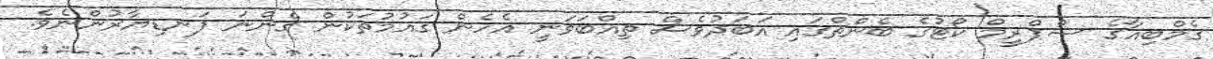
ގެމްބިއާގެ ސްޕްރީމް ކޯޓުގެ ބެންޗްގައި އަބަދުވެސް ތިއްބަވަނީ އެހެން ގައުމުތަކުން ގެންނަ ފަނޑިޔާރުންނެވެ.